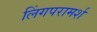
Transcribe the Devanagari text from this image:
लिंगपरामर्श